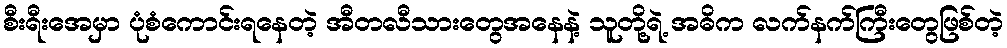
စီးရီးအေမှာ ပုံစံကောင်းရနေတဲ့ အီတလီသားတွေအနေနဲ့ သူတို့ရဲ့ အဓိက လက်နက်ကြီးတွေဖြစ်တဲ့